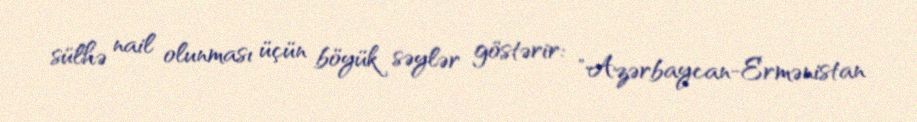
sülhə nail olunması üçün böyük səylər göstərir: "Azərbaycan-Ermənistan